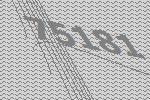
75181